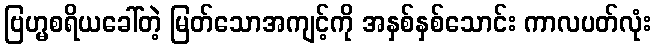
ဗြဟ္မစရိယခေါ်တဲ့ မြတ်သောအကျင့်ကို အနှစ်နှစ်သောင်း ကာလပတ်လုံး